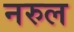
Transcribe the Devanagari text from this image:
नरुल